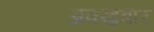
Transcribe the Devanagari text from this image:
अक्ख़बार